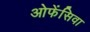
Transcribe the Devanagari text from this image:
ओफेंसिवा